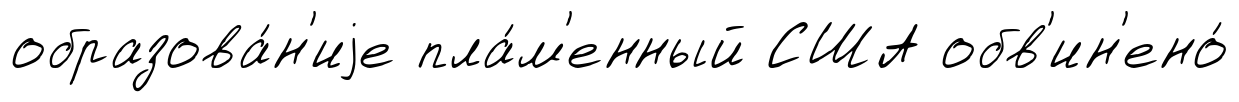
образова́н'иjе пла́м'енный США обв'ин'ено́